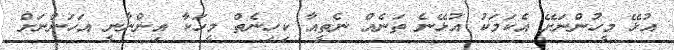
އުޅޭ މީހުންނަށޭ އެކަމަކު އުޅޭނެ ތަނެއް ނެތީއާ ކިހިނެތް މީހަކާ އިންނާނީ އަހަންނަށް